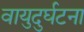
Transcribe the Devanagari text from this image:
वायुदुर्घटना